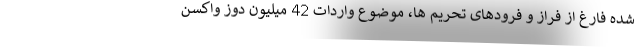
شده فارغ از فراز و فرودهای تحریم ها، موضوع واردات 42 میلیون دوز واکسن